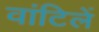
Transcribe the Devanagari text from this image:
वांटिलें